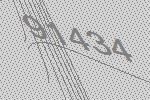
91434